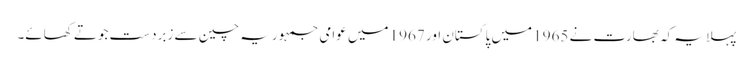
پہلا یہ کہ بھارت نے 1965 میں پاکستان اور 1967 میں عوامی جمہوریہ چین سے زبردست جوتے کھائے۔